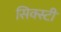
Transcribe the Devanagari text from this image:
सिक्स्टी